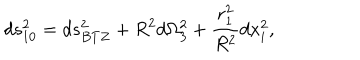
LaTeX: d s _ { 1 0 } ^ { 2 } = d s _ { B T Z } ^ { 2 } + R ^ { 2 } d \Omega _ { 3 } ^ { 2 } + { \frac { r _ { 1 } ^ { 2 } } { R ^ { 2 } } } d x _ { i } ^ { 2 } ,